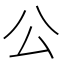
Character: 公